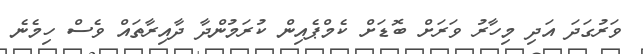
ވަރުގަދަ އަދި މިހާރު ވަރަށް ބޮޑަށް ކެމްޕެއިން ކުރަމުންދާ ދާއިރާތައް ވެސް ހިމެނެ